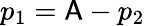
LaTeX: p_{1}=\mathsf{A}-p_{2}